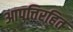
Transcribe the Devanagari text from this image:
आपत्तिरहित